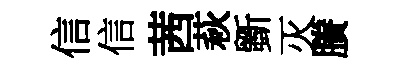
信信茜萩斵灭賸